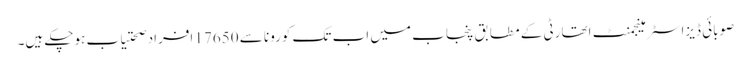
صوبائی ڈیزاسٹر مینجمنٹ اتھارٹی کے مطابق پنجاب میں اب تک کورونا سے 17650 افراد صحتیاب ہوچکے ہیں۔